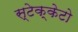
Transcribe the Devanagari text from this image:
स्टेक्केटो